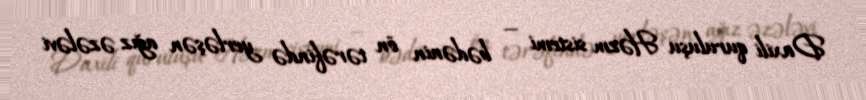
Daxili quruluşu Həzm sistemi — bədənin ön tərəfində yerləşən ağız əzələvi